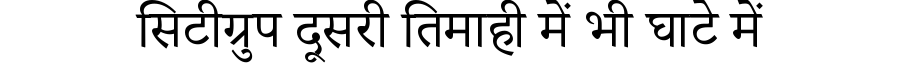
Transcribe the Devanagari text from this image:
सिटीग्रुप दूसरी तिमाही में भी घाटे में